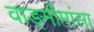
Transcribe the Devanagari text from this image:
वाङ्‍मीमांसा